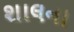
શાલના